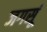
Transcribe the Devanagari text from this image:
जगसूं